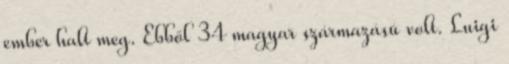
ember halt meg. Ebből 34 magyar származású volt. Luigi